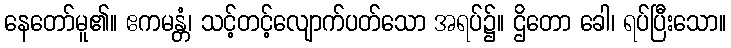
နေတော်မူ၏။ ဧကမန္တံ၊ သင့်တင့်လျောက်ပတ်သော အရပ်၌။ ဌိတော ခေါ၊ ရပ်ပြီးသော။